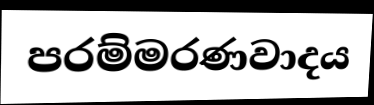
පරම්මරණවාදය